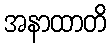
အနာထာတိ